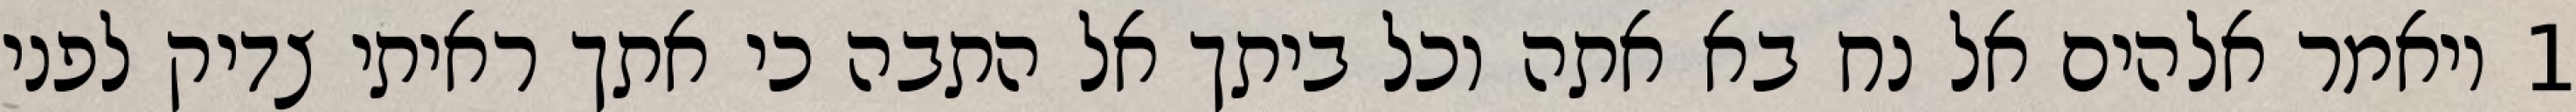
1 ויאמר אלהים אל נח בא אתה וכל ביתך אל התבה כי אתך ראיתי צדיק לפני